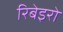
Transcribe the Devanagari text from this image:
रिबेइरो